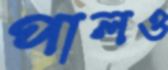
পালও